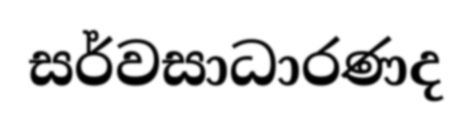
සර්වසාධාරණද